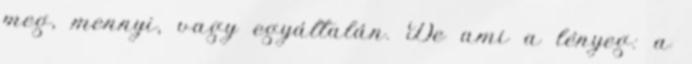
meg, mennyi, vagy egyáltalán. De ami a lényeg: a